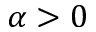
\alpha > 0